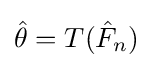
{\hat {\theta }}=T({\hat {F}}_{n})